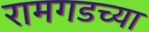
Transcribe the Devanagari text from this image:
रामगडच्या